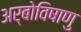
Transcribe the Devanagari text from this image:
अर्बोविषाणु